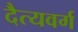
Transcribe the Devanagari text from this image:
दैत्यवर्ग